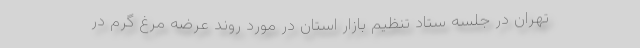
تهران در جلسه ستاد تنظیم بازار استان در مورد روند عرضه مرغ گرم در